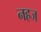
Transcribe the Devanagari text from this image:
नहज